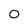
Character: O